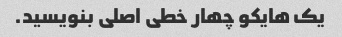
یک هایکو چهار خطی اصلی بنویسید.